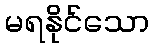
မရနိုင်သော